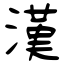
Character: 漢